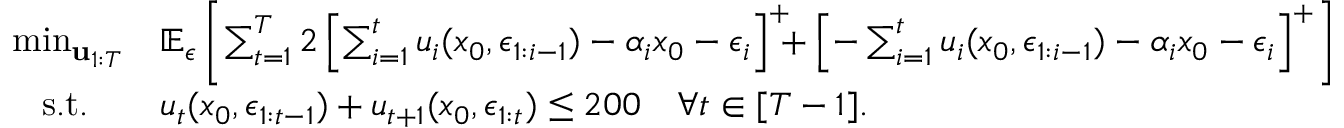
\begin{array} { r l } { \operatorname* { m i n } _ { { \bf u } _ { 1 : T } } } & { \mathbb { E } _ { \boldsymbol { \epsilon } } \left[ \sum _ { t = 1 } ^ { T } 2 \left[ \sum _ { i = 1 } ^ { t } u _ { i } ( x _ { 0 } , \boldsymbol { \epsilon } _ { 1 : i - 1 } ) - \alpha _ { i } x _ { 0 } - \epsilon _ { i } \right] ^ { + } \! \! \! + \left[ - \sum _ { i = 1 } ^ { t } u _ { i } ( x _ { 0 } , \boldsymbol { \epsilon } _ { 1 : i - 1 } ) - \alpha _ { i } x _ { 0 } - \epsilon _ { i } \right] ^ { + } \right] } \\ { \mathrm { s . t . } \quad } & { u _ { t } ( x _ { 0 } , \boldsymbol { \epsilon } _ { 1 : t - 1 } ) + u _ { t + 1 } ( x _ { 0 } , \boldsymbol { \epsilon } _ { 1 : t } ) \leq 2 0 0 \quad \forall t \in [ T - 1 ] . } \end{array}